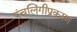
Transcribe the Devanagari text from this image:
पंचलिंगीप्रकरण